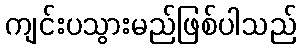
ကျင်းပသွားမည်ဖြစ်ပါသည်